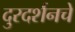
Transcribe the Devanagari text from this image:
दुरदर्शनचे